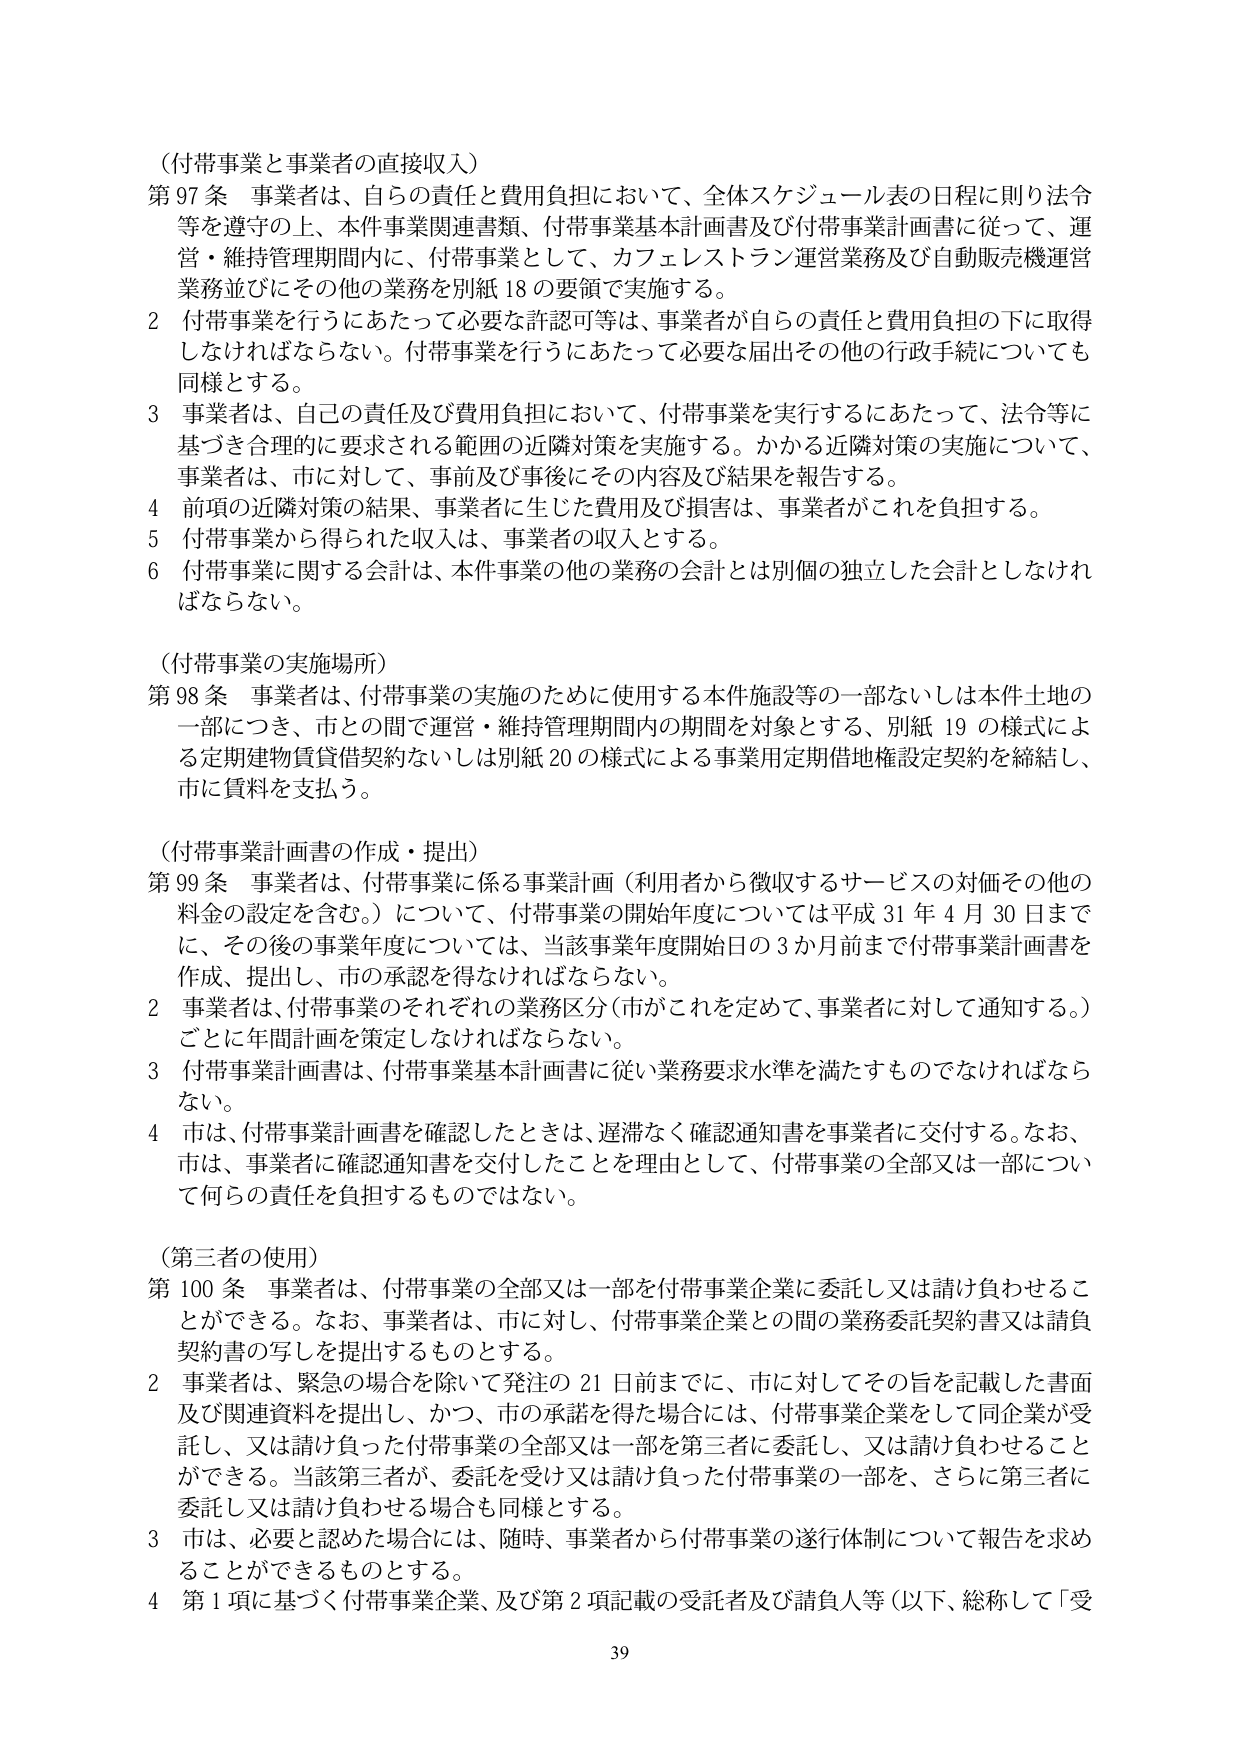
（付帯事業と事業者の直接収入）
第97条 事業者は、自らの責任と費用負担において、全体スケジュール表の日程に則り法令等を遵守の上、本件事業関連書類、付帯事業基本計画書及び付帯事業計画書に従って、運営・維持管理期間内に、付帯事業として、カフェレストラン運営業務及び自動販売機運営業務並びにその他の業務を別紙18の要領で実施する。
2 付帯事業を行うにあたって必要な許認可等は、事業者が自らの責任と費用負担の下に取得しなければならない。付帯事業を行うにあたって必要な届出その他の行政手続についても同様とする。
3 事業者は、自己の責任及び費用負担において、付帯事業を実行するにあたって、法令等に基づき合理的に要求される範囲の近隣対策を実施する。かかる近隣対策の実施について、事業者は、市に対して、事前及び事後にその内容及び結果を報告する。
4 前項の近隣対策の結果、事業者に生じた費用及び損害は、事業者がこれを負担する。
5 付帯事業から得られた収入は、事業者の収入とする。
6 付帯事業に関する会計は、本件事業の他の業務の会計とは別個の独立した会計としなければならない。

（付帯事業の実施場所）
第98条 事業者は、付帯事業の実施のために使用する本体施設等の一部ないしは本件土地の一部につき、市との間で運営・維持管理期間内の期間を対象とする、別紙19の様式による定期建物賃貸借契約ないしは別紙20の様式による事業用定期借地権設定契約を締結し、市に賃料を支払う。

（付帯事業計画書の作成・提出）
第99条 事業者は、付帯事業に係る事業計画（利用者から徴収するサービスの対価その他の料金の設定を含む。）について、付帯事業の開始年度については平成31年4月30日までに、その後の事業年度については、当該事業年度開始日の3か月前までに付帯事業計画書を作成、提出し、市の承認を得なければならない。
2 事業者は、付帯事業のそれぞれの業務区分（市がこれを定めて、事業者に対して通知する。）ごとに年間計画を策定しなければならない。
3 付帯事業計画書は、付帯事業基本計画書に従い業務要求水準を満たすものでなければならない。
4 市は、付帯事業計画書を確認したときは、遅滞なく確認通知書を事業者に交付する。なお、市は、事業者に確認通知書を交付したことを理由として、付帯事業の全部又は一部について何らの責任を負担するものではない。

（第三者の使用）
第100条 事業者は、付帯事業の全部又は一部を付帯事業企業に委託し又は請け負わせることができる。なお、事業者は、市に対し、付帯事業企業との間の業務委託契約書又は請負契約書の写しを提出するものとする。
2 事業者は、緊急の場合を除いて発注の21日前までに、市に対してその旨を記載した書面及び関連資料を提出し、かつ、市の承諾を得た場合には、付帯事業企業として同企業が受託し、又は請け負った付帯事業の全部又は一部を第三者に委託し、又は請け負わせることができる。当該第三者が、委託を受け又は請け負った付帯事業の一部を、さらに第三者に委託し又は請け負わせる場合も同様とする。
3 市は、必要と認めた場合には、随時、事業者から付帯事業の遂行体制について報告を求めることができるものとする。
4 第1項に基づく付帯事業企業、及び第2項記載の受託者及び請負人等（以下、総称して「受

39